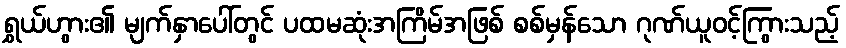
ရွှယ်ဟွား၏ မျက်နှာပေါ်တွင် ပထမဆုံးအကြိမ်အဖြစ် စစ်မှန်သော ဂုဏ်ယူဝင့်ကြွားသည့်